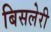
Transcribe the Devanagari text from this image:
बिसलेरी